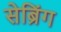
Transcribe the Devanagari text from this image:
सेब्रिंग